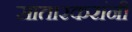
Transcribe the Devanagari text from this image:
सातारकरांनी